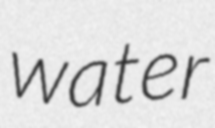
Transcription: water